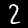
Digit: 2